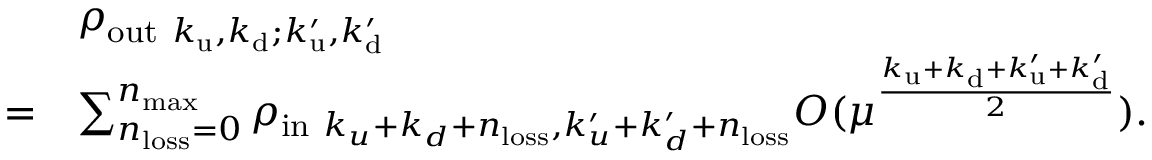
\begin{array} { r l } & { \rho _ { \mathrm { o u t } ~ k _ { \mathrm { u } } , k _ { \mathrm { d } } ; k _ { \mathrm { u } } ^ { \prime } , k _ { \mathrm { d } } ^ { \prime } } } \\ { = } & { \sum _ { n _ { \mathrm { l o s s } } = 0 } ^ { n _ { \mathrm { m a x } } } \rho _ { \mathrm { i n } ~ k _ { u } + k _ { d } + n _ { \mathrm { l o s s } } , k _ { u } ^ { \prime } + k _ { d } ^ { \prime } + n _ { \mathrm { l o s s } } } O ( \mu ^ { \frac { k _ { \mathrm { u } } + k _ { \mathrm { d } } + k _ { \mathrm { u } } ^ { \prime } + k _ { \mathrm { d } } ^ { \prime } } { 2 } } ) . } \end{array}